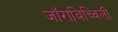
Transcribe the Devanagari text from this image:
जॉराबिच्विली